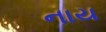
નાય